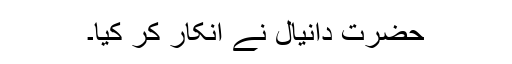
حضرت دانیال نے انکار کر کیا۔